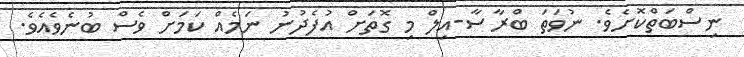
ނިސްބަތްކޮށެވެ. ނުވަތަ ބްރާސާ-އިލް މި ގޮތަށް އުފެދުނު ނަމެއް ކަމަށް ވެސް ބުނެވެއެވެ.